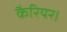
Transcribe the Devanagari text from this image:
कैरियर।